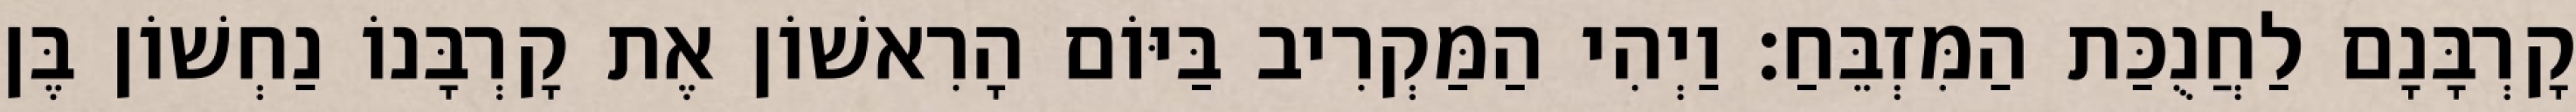
קָרְבָּנָם לַחֲנֻכַּת הַמִּזְבֵּחַ׃ וַיְהִי הַמַּקְרִיב בַּיּוֹם הָרִאשׁוֹן אֶת קָרְבָּנוֹ נַחְשׁוֹן בֶּן